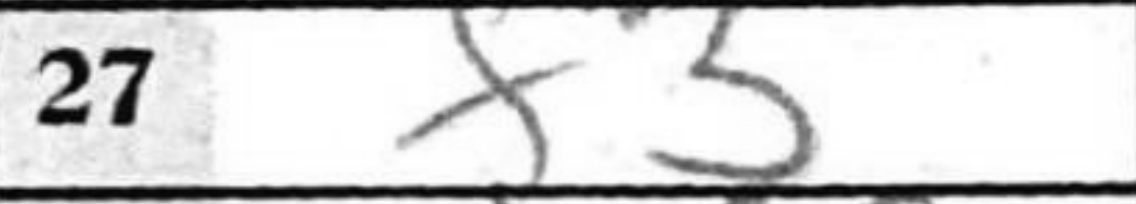
Transcription: f3